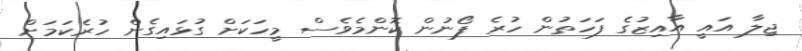
ޖިލާ އައީ އާއިޒުގެ ފަހަތުން ހުރެ ފޯނުން ކޮންމެވެސް މީހަކަށް ގުޅައިގެން ހުރެކަމަށް